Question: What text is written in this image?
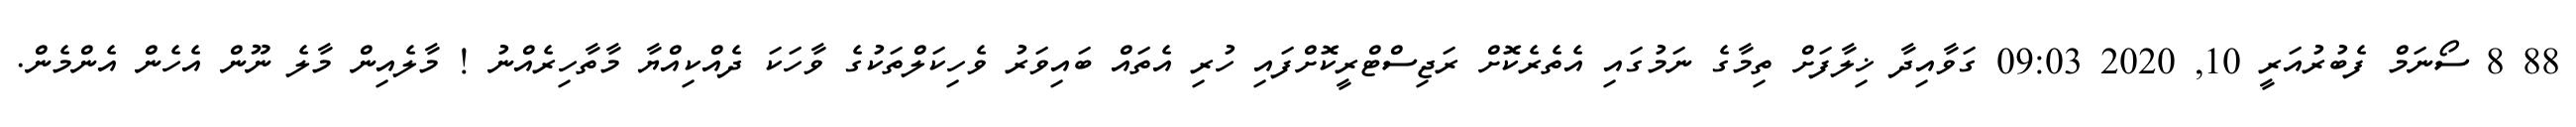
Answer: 88 8 ސޯނަމް ފެބުރުއަރީ 10, 2020 09:03 ގަވާއިދާ ޚިލާފަށް ތިމާގެ ނަމުގައި އެތެރެކޮށް ރަޖިސްޓްރީކޮށްފައި ހުރި އެތައް ބައިވަރު ވެހިކަލްތަކުގެ ވާހަކަ ދެއްކިއްޔާ މާތާހިރެއްނު ! މާލެއިން މާލެ ނޫން އެހެން އެންމެން.